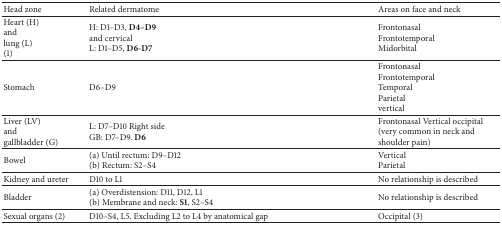
| Head zone | Related dermatome | Areas on face and neck |
 | --- | --- | --- |
 | Heart (H) and lung (L) (1) | H: D1–D3, D4–D9 and cervical L: D1–D5, D6-D7 | FrontonasalFrontotemporalMidorbital |
 | Stomach | D6–D9 | FrontonasalFrontotemporalTemporalParietalvertical |
 | Liver (LV) and gallbladder (G) | L: D7–D10 Right side GB: D7–D9. D6 | Frontonasal Vertical occipital(very common in neck and shoulder pain) |
 | Bowel | (a) Until rectum: D9–D12 (b) Rectum: S2–S4 | Vertical Parietal |
 | Kidney and ureter | D10 to L1 | No relationship is described |
 | Bladder | (a) Overdistension: D11, D12, L1(b) Membrane and neck: S1, S2–S4 | No relationship is described |
 | Sexual organs (2) | D10–S4, L5. Excluding L2 to L4 by anatomical gap | Occipital (3) |